Vaccine operations Central Provinces & Berar 1912-1920 - 1912-1920
Year: 1912
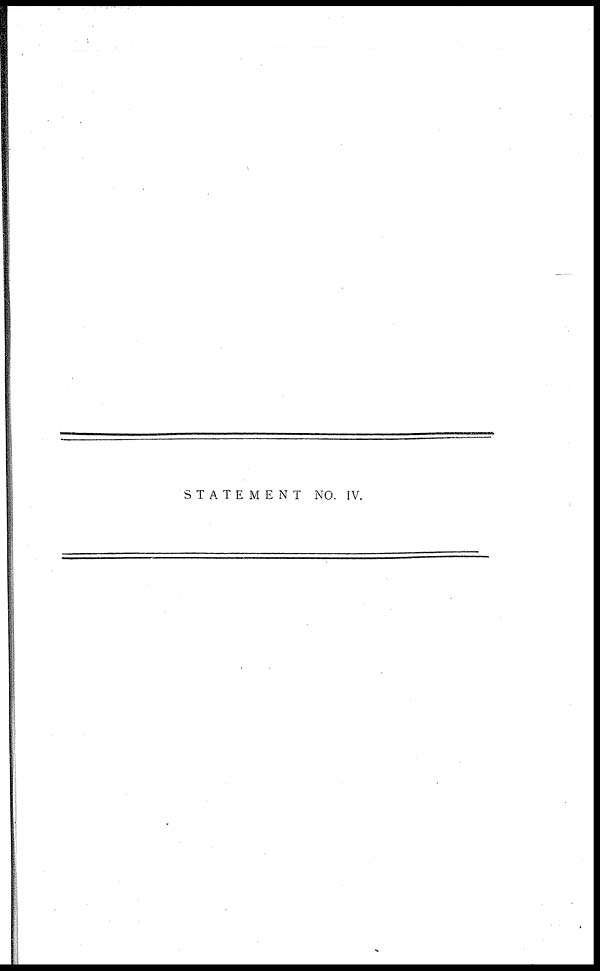
STATEMENT NO. IV.